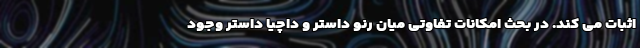
اثبات می کند. در بحث امکانات تفاوتی میان رنو داستر و داچیا داستر وجود